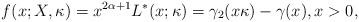
LaTeX: \begin{align*}f(x;X,\kappa) = x^{2\alpha+1}L^*(x;\kappa) = \gamma_2(x\kappa) - \gamma(x), x>0,\end{align*}